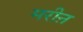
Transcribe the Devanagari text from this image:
मरीऩ